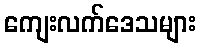
ကျေးလက်ဒေသများ